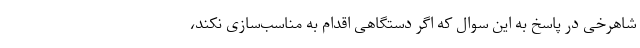
شاهرخی در پاسخ به این سوال که اگر دستگاهی اقدام به مناسب‌سازی نکند،